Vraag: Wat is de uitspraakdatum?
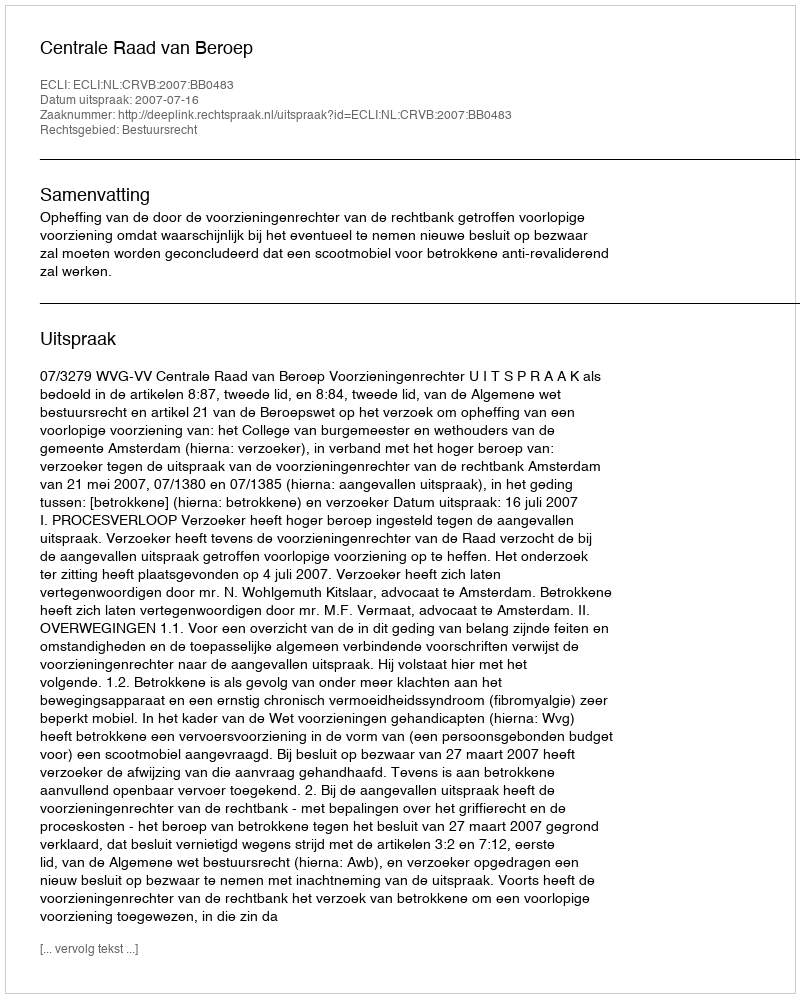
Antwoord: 2007-07-16